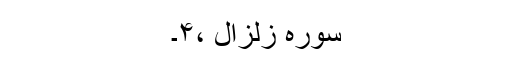
سورہ زلزال ،۴۔